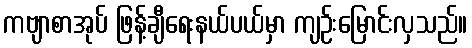
ကဗျာစာအုပ် ဖြန့်ချီရေးနယ်ပယ်မှာ ကျဉ်းမြောင်းလှသည်။